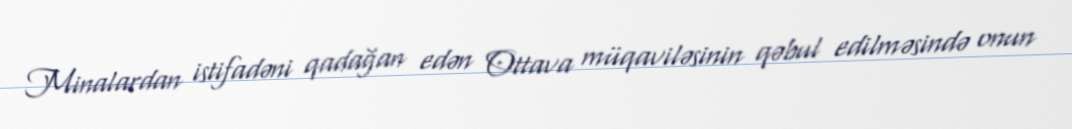
Minalardan istifadəni qadağan edən Ottava müqaviləsinin qəbul edilməsində onun